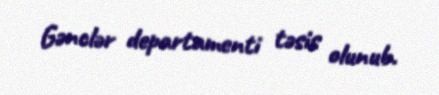
Gənclər departamenti təsis olunub.